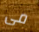
مى